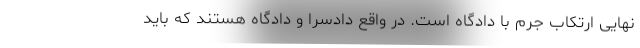
نهایی ارتکاب جرم با دادگاه است. در واقع دادسرا و دادگاه هستند که باید